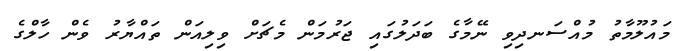
މައުލޫމާތު މުއްސަނދިވި ނޭމާގެ ބަދަލުގައި ޖަރުމަން މެޗަށް ވިލިއަން ތައްޔާރު ވެން ހާލްގެ